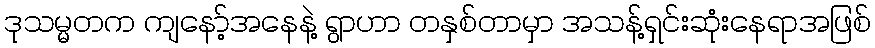
ဒုသမ္မတက ကျနော့်အနေနဲ့ ရွာဟာ တနှစ်တာမှာ အသန့်ရှင်းဆုံးနေရာအဖြစ်